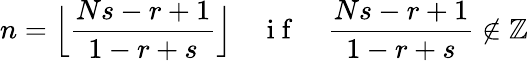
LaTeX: n=\Big\lfloor\frac{Ns-r+1}{1-r+s}\Big\rfloor\quad\mathrm{~i~f~}\quad\frac{Ns-r+1}{1-r+s}\notin\mathbb{Z}